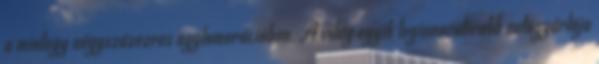
a mintegy négyszázezres agglomerációban. A világ egyik leginnovatívabb autógyártója